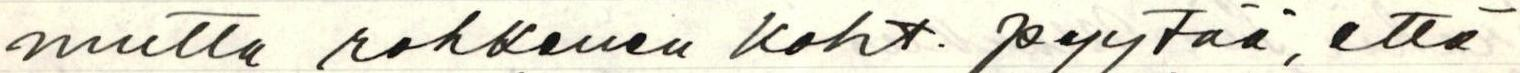
mutta rohkenen koht. pyytää, että